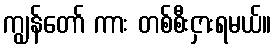
ကျွန်တော် ကား တစ်စီးငှားရမယ်။